Annual administration report of the Civil Veterinary Department of India - 1895-1896
Year: 1895
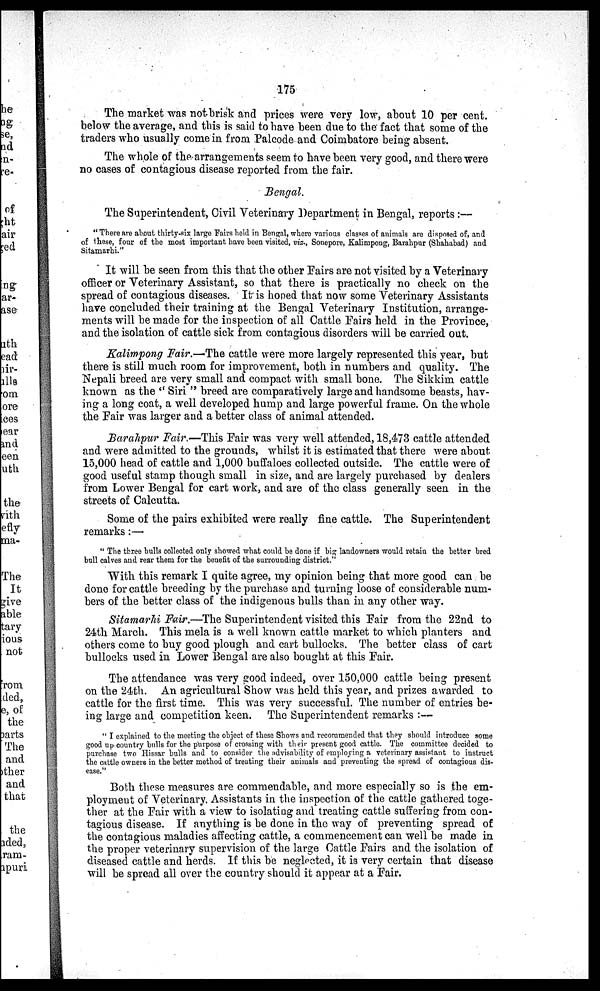
175
The market was not brisk and prices were very low, about 10 per cent.
below the average, and this is said to have been due to the fact that some of the
traders who usually come in from Palcode and Coimbatore being absent.
The whole of the arrangements seem to have been very good, and there were
no cases of contagious disease reported from the fair.
Bengal.
The Superintendent, Civil Veterinary Department in Bengal, reports:—
"There are about thirty-six large Fairs held in Bengal, where various classes of animals are disposed of, and
of these, four of the most important have been visited, viz., Sonepore, Kalimpong, Barahpur (Shahabad) and
Sitamarhi."
It will be seen from this that the other Pairs are not visited by a Veterinary
officer or Veterinary Assistant, so that there is practically no check on the
spread of contagious diseases. It is hoped that now some Veterinary Assistants
have concluded their training at the Bengal Veterinary Institution, arrange-
ments will be made for the inspection of all Cattle Fairs held in the Province,
and the isolation of cattle sick from contagious disorders will be carried out.
Kalimpong Fair.—The cattle were more largely represented this year, but
there is still much room for improvement, both in numbers and quality. The
Nepali breed are very small and compact with small bone. The Sikkim cattle
known as the "Siri" breed are comparatively large and handsome beasts, hav-
ing a long coat, a well developed hump and large powerful frame. On the whole
the Fair was larger and a better class of animal attended.
Barahpur Fair—This Pair was very well attended, 18,473 cattle attended
and were admitted to the grounds, whilst it is estimated that there were about
15,000 head of cattle and 1,000 buffaloes collected outside. The cattle were of
good useful stamp though small in size, and are largely purchased by dealers
from Lower Bengal for cart work, and are of the class generally seen in the
streets of Calcutta.
Some of the pairs exhibited were really fine cattle. The Superintendent
remarks:—
"The three bulls collected only showed what could be done if big landowners would retain the better bred
bull calves and rear them for the benefit of the surrounding district."
With this remark I quite agree, my opinion being that more good can be
done for cattle breeding by the purchase and turning loose of considerable num-
bers of the better class of the indigenous bulls than in any other way.
Sitamarhi Fair.—The Superintendent visited this Pair from the 22nd to
24th March. This mela is a well known cattle market to which planters and
others come to buy good plough and cart bullocks. The better class of cart
bullocks used in Lower Bengal are also bought at this Pair.
The attendance was very good indeed, over 150,000 cattle being present
on the 24th. An agricultural Show was held this year, and prizes awarded to
cattle for the first time. This was very successful. The number of entries be-
ing large and competition keen. The Superintendent remarks:—
"I explained to the meeting the object of these Shows and recommended that they should introduce some
good up country bulls for the purpose of crossing with their present good cattle. The committee decided to
purchase two Hissar bulls and to consider the advisability of employing a veterinary assistant to instruct
the cattle owners in the better method of treating their animals and preventing the spread of contagious dis-
ease."
Both these measures are commendable, and more especially so is the em-
ployment of Veterinary. Assistants in the inspection of the cattle gathered toge-
ther at the Pair with a view to isolating and treating cattle suffering from con-
tagious disease. If anything is be done in the way of preventing spread of
the contagious maladies affecting cattle, a commencement can well be made in
the proper veterinary supervision of the large Cattle Pairs and the isolation of
diseased cattle and herds. If this be neglected, it is very certain that disease
will be spread all over the country should it appear at a Pair.